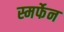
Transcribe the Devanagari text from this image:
स्मर्फेन